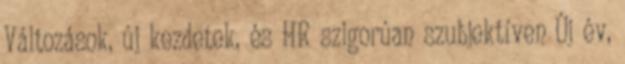
Változások, új kezdetek, és HR szigorúan szubjektíven Új év,